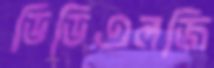
ডিডিএলজি